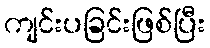
ကျင်းပခြင်းဖြစ်ပြီး